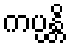
ကပ္ပန္တိ